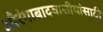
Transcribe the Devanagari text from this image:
औरंगाबादवासीयांसाठी